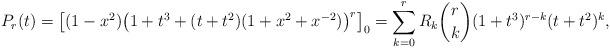
LaTeX: \begin{align*} P_r(t) = \bigl[(1-x^2)\bigl(1+t^3+(t+t^2)(1+x^2+x^{-2})\bigr)^{r}\bigr]_0 = \displaystyle\sum_{k=0}^rR_k\binom{r}{k}(1+t^3)^{r-k}(t+t^2)^k,\end{align*}